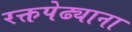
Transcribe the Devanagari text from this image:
रक्तपेढ्याना